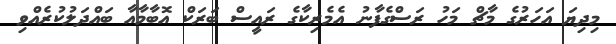
މިދިޔަ އަހަރުގެ މާޗް މަހު ރަސްގެފާނު އެމެރިކާގެ ރައީސް ބަރަކް އޮބާމާއާ ބައްދަލުކުރެއްވި